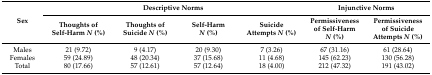
| <ROWSPAN=2> Sex | <COLSPAN=4> Descriptive Norms | <COLSPAN=2> Injunctive Norms |
 | Thoughts of Self-Harm N (%) | Thoughts of Suicide N (%) | Self-Harm N (%) | Suicide Attempts N (%) | Permissiveness of Self-Harm N (%) | Permissiveness of Suicide Attempts N (%) |
 | --- | --- | --- | --- | --- | --- | --- |
 | Males | 21 (9.72) | 9 (4.17) | 20 (9.30) | 7 (3.26) | 67 (31.16) | 61 (28.64) |
 | Females | 59 (24.89) | 48 (20.34) | 37 (15.68) | 11 (4.68) | 145 (62.23) | 130 (56.28) |
 | Total | 80 (17.66) | 57 (12.61) | 57 (12.64) | 18 (4.00) | 212 (47.32) | 191 (43.02) |